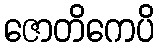
ဇောတိကေပိ